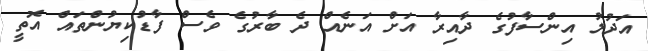
އަދުލު އިންސާފުގެ ދާއިރާ އަށް އަނެއް ދެ ބާރުގެ ވެސް ފާޑުކިޔުންތައް އޮތީ